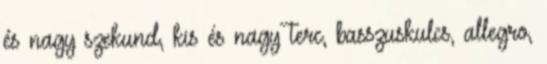
és nagy szekund, kis és nagy terc, basszuskulcs, allegro,